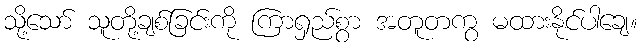
သို့သော် သူတို့ချစ်ခြင်းကို ကြာရှည်စွာ အတူတကွ မထားနိုင်ပါချေ။